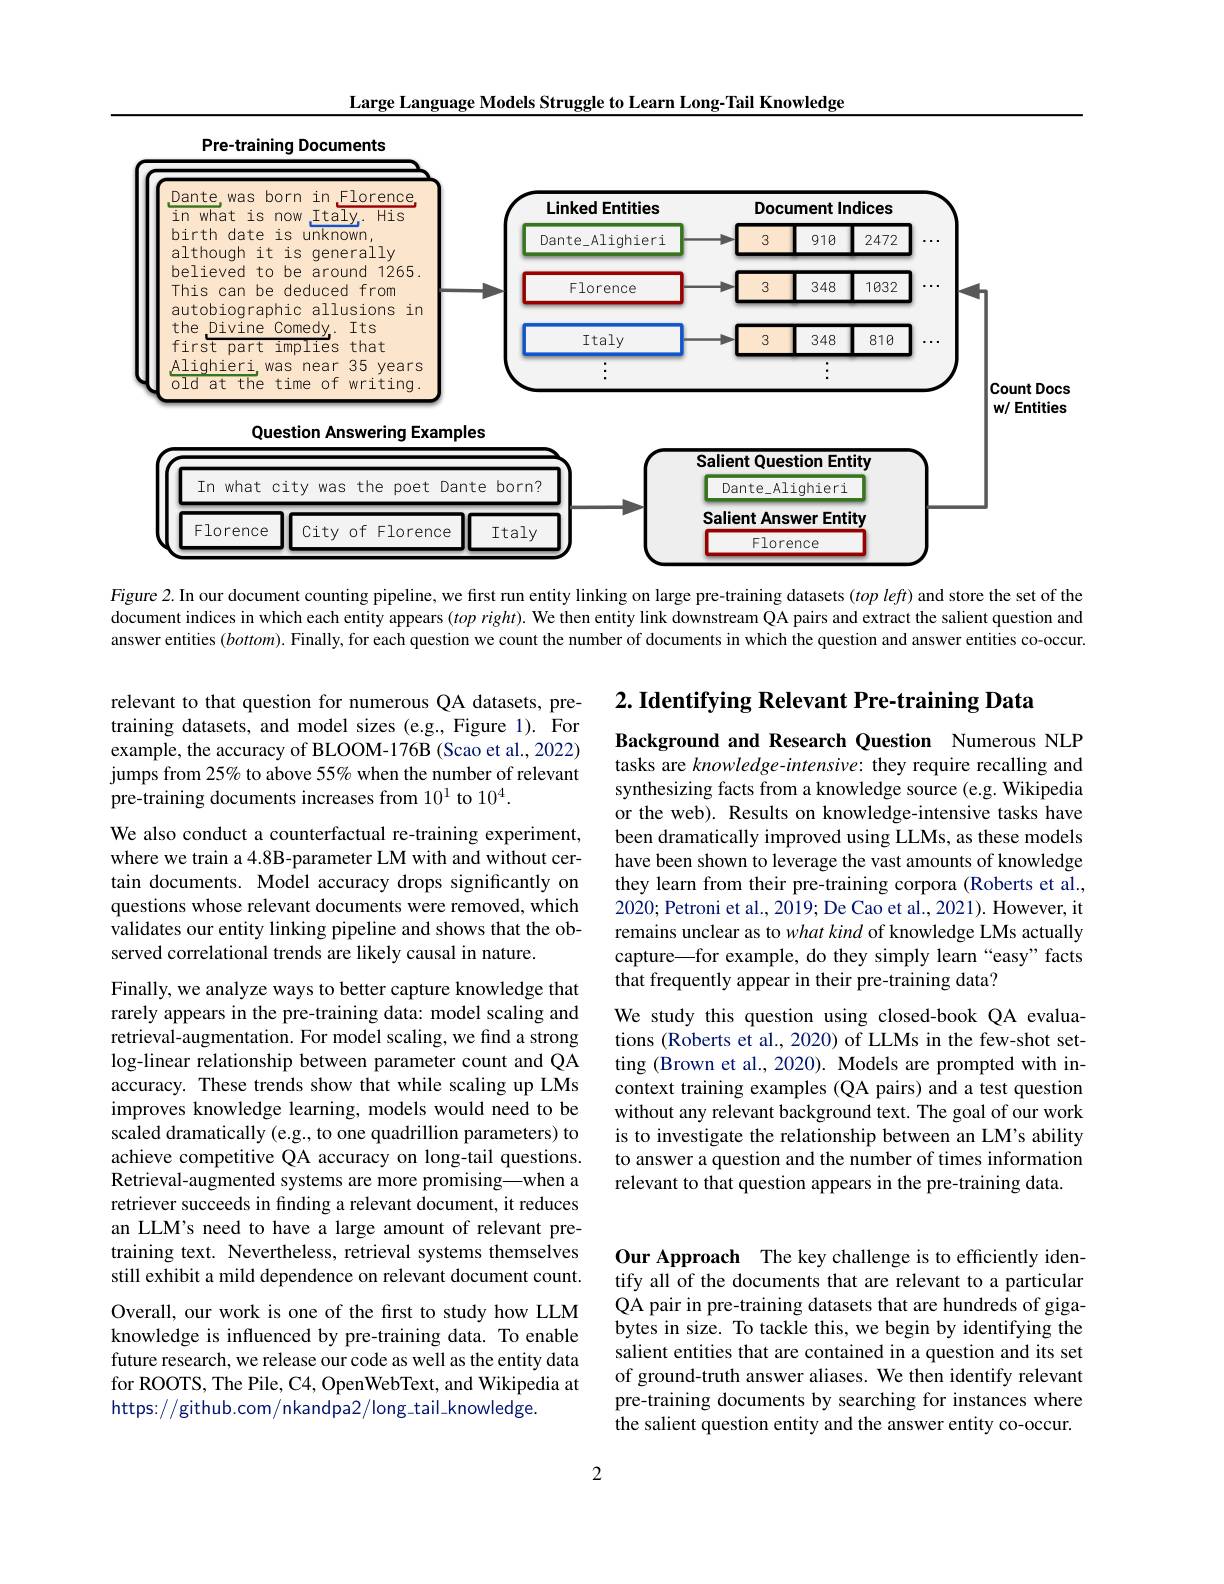
Large Language Models Struggle to Learn Long-Tail Knowledge

<FigureHere>

Figure 2. In our document counting pipeline, we first run entity linking on large pre-training datasets $( top\textit{left})$ and store the set of the document indices in which each entity appears $( top\textit{right) . We then entity link downstream QA pairs and extract the salient question and }$ answer entities $(bottom).$ Finally, for each question we count the number of documents in which the question and answer entities co-occur.

$2. \textbf{ Identifying Relevant Pre- training Data}$

relevant to that question for numerous QA datasets, pretraining datasets, and model sizes (e.g., Figure 1). For example, the accuracy of BLOOM-176B (Scao et al., 2022) jumps from 25% to above 55% when the number of relevant pre-training documents increases from 101 to 10$^4.$

Background and Research Question Numerous NLP tasks are knowledge-intensive: they require recalling and synthesizing facts from a knowledge source (e.g. Wikipedia or the web). Results on knowledge-intensive tasks have been dramatically improved using LLMs, as these models have been shown to leverage the vast amounts of knowledge they learn from their pre-training corpora (Roberts et al., 2020; Petroni et al., 2019; De Cao et al., 2021). However, it remains unclear as to what kind of knowledge LMs actually capture\_for example, do they simply learn “easy”facts that frequently appear in their pre-training data?

We also conduct a counterfactual re-training experiment, where we train a 4.8B-parameter LM with and without certain documents. Model accuracy drops significantly on questions whose relevant documents were removed, which validates our entity linking pipeline and shows that the observed correlational trends are likely causal in nature.

We study this question using closed-book QA evaluations (Roberts et al., 2020) of LLMs in the few-shot setting (Brown et al., 2020). Models are prompted with incontext training examples (QA pairs) and a test question without any relevant background text. The goal of our work is to investigate the relationship between an LM's ability to answer a question and the number of times information relevant to that question appears in the pre-training data.

Finally, we analyze ways to better capture knowledge that rarely appears in the pre-training data: model scaling and retrieval-augmentation. For model scaling, we find a strong log-linear relationship between parameter count and QA accuracy. These trends show that while scaling up LMs improves knowledge learning, models would need to be scaled dramatically (e.g., to one quadrillion parameters) to achieve competitive QA accuracy on long-tail questions. Retrieval-augmented systems are more promising—when a retriever succeeds in finding a relevant document, it reduces an LLM's need to have a large amount of relevant pretraining text. Nevertheless, retrieval systems themselves still exhibit a mild dependence on relevant document count. Overall, our work is one of the first to study how LLM knowledge is influenced by pre-training data. To enable future research, we release our code as well as the entity data

Our Approach The key challenge is to efficiently identify all of the documents that are relevant to a particular QA pair in pre-training datasets that are hundreds of gigabytes in size. To tackle this, we begin by identifying the salient entities that are contained in a question and its set of ground-truth answer aliases. We then identify relevant pre-training documents by searching for instances where the salient question entity and the answer entity co-occur.

for ROOTS, The Pile, C4, OpenWebText, and Wikipedia at
$https://github.com/nkandpa2/long\_tail\_knowledge.$

2